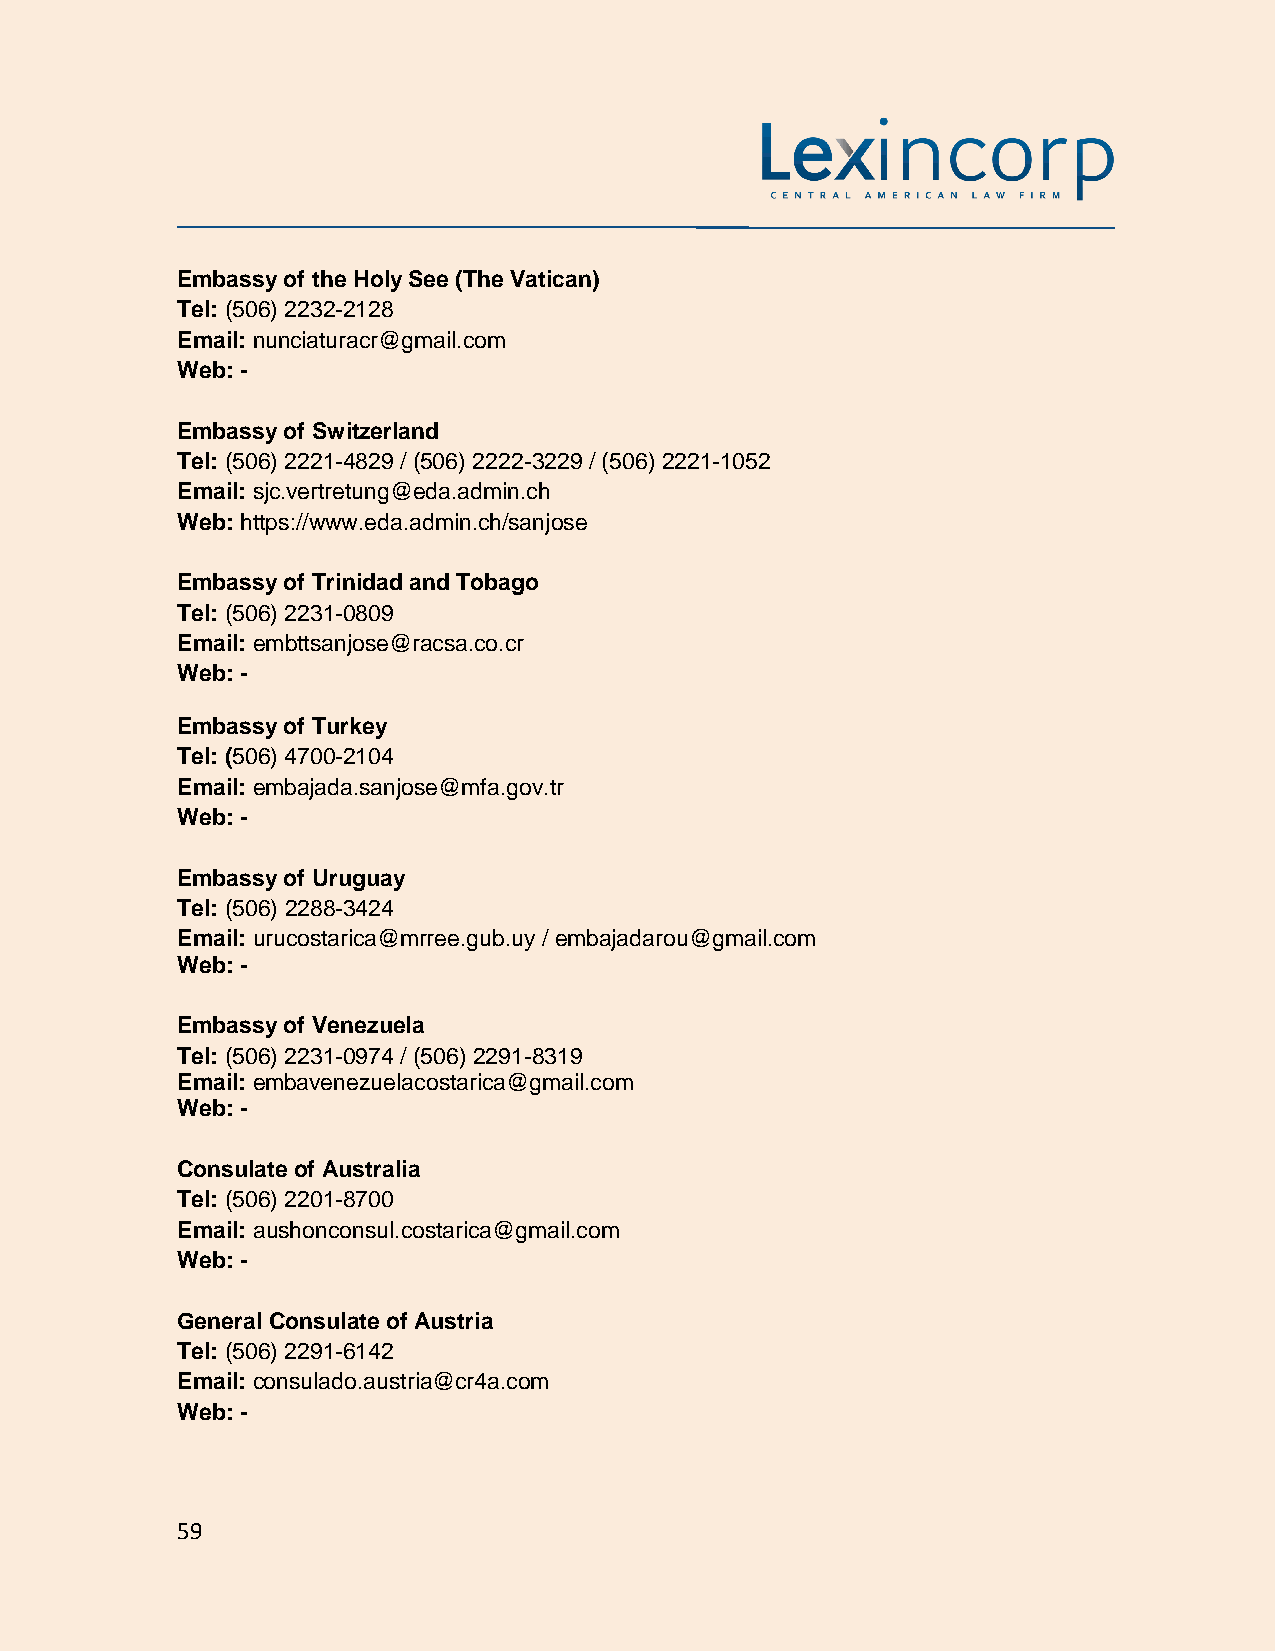
Embassy of the Holy See (The Vatican)
 Tel: (506) 2232-2128
 Email: nunciaturacr@gmail.com
 Web: -
 Embassy of Switzerland
 Tel: (506) 2221-4829 / (506) 2222-3229 / (506) 2221-1052
 Email: sjc.vertretung@eda.admin.ch
 Web: https://www.eda.admin.ch/sanjose
 Embassy of Trinidad and Tobago
 Tel: (506) 2231-0809
 Email: embttsanjose@racsa.co.cr
 Web: -
 Embassy of Turkey
 Tel: (506) 4700-2104
 Email: embajada.sanjose@mfa.gov.tr
 Web: -
 Embassy of Uruguay
 Tel: (506) 2288-3424
 Email: urucostarica@mrree.gub.uy / embajadarou@gmail.com
 Web: -
 Embassy of Venezuela
 Tel: (506) 2231-0974 / (506) 2291-8319
 Email: embavenezuelacostarica@gmail.com
 Web: -
 Consulate of Australia
 Tel: (506) 2201-8700
 Email: aushonconsul.costarica@gmail.com
 Web: -
 General Consulate of Austria
 Tel: (506) 2291-6142
 Email: consulado.austria@cr4a.com
 Web: -
 59